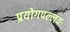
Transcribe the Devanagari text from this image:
प्रयोगपल्लवः